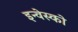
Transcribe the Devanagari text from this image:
इन्वेस्को